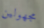
مجهولين